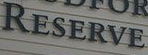
RESERVE